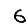
Digit: 6